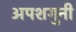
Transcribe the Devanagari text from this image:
अपशगुनी